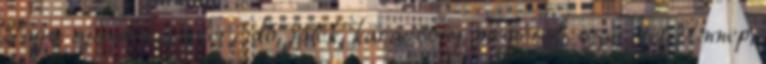
Tags: ajándék, ember, idő, játék, karácsony, megtérül, szeretet, Ünnep,